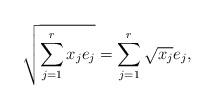
LaTeX: \begin{align*}\sqrt{\sum_{j=1}^{r} x_j e_j} = \sum_{j=1}^{r} \sqrt{x_j} e_j,\end{align*}